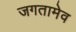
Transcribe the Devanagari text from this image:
जगतामेव